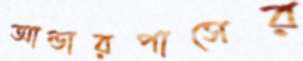
আন্ডারপাসের